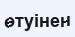
өтуінен